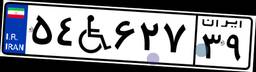
۴۸W۳۴۲۱۵